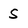
Character: 5